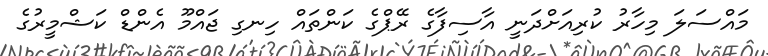
މައްސަލަ މިހާރު ކުރިއަށްދަނީ އާސިފާގެ ރޭޕްގެ ކަންތައް ހިނގި ޖައްމޫ އެންޑް ކަޝްމީރުގެ